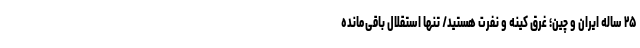
۲۵ ساله ایران و چین؛ غرق کینه و نفرت هستید/ تنها استقلال باقی‌مانده